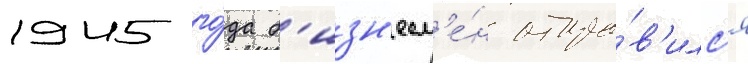
1945 го́да б'изн'есм'е́н отпра́в'илс'я